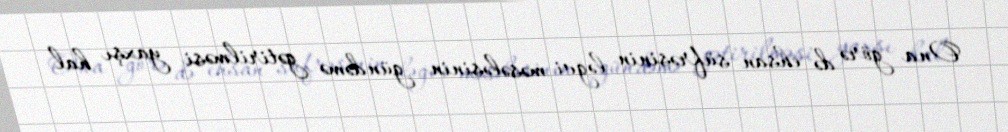
Ona görə də ehsan süfrəsinin ləğvi məsələsinin gündəmə gətirilməsi yaxşı hal